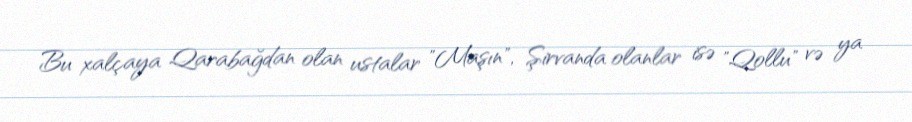
Bu xalçaya Qarabağdan olan ustalar "Maşın", Şirvanda olanlar isə "Qollu" və ya